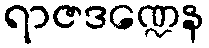
ရာဇဒဏ္ဍေန